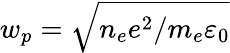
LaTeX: w_{p}=\sqrt{n_{e}e^{2}/m_{e}\varepsilon_{0}}